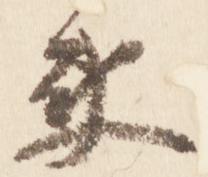
衛